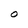
Character: O